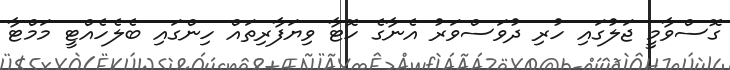
ގޮސްވާމީ ޖަލުގައި ހުރި ދުވަސްވަރު އެނާގެ ހޮޓާ ވިޔަފާރިތައް ހިންގައި ބެލެހެއްޓީ މަމްޓާ